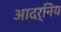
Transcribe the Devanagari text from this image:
आदर्निय